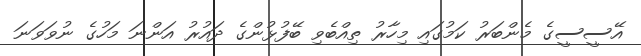
އޭސީސީގެ މެންބަރު ކަމުގައި މިހާރު ތިއްބެވި ބޭފުޅުންގެ ދައުރު އަންނަ މަހުގެ ނުވަވަނަ